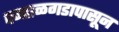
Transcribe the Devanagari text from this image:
पन्हाळगडापासून